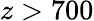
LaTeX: z>700